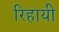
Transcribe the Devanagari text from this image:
रिहायी